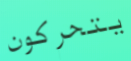
يتحركون